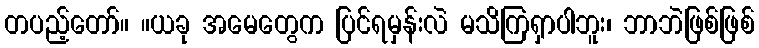
တပည့်တော်။ ။ယခု အမေတွေက ပြင်ရမှန်းလဲ မသိကြရှာပါဘူး၊ ဘာဘဲဖြစ်ဖြစ်